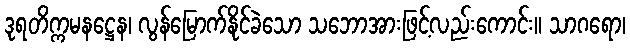
ဒုရတိက္ကမနဋ္ဌေန၊ လွန်မြောက်နိုင်ခဲသော သဘောအားဖြင့်လည်းကောင်း။ သာဂရော၊